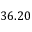
3 6 . 2 0